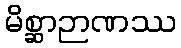
မိစ္ဆာဉာဏဿ